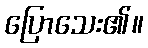
ပြောသေး၏။